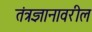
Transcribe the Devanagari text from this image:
तंत्रज्ञानावरील